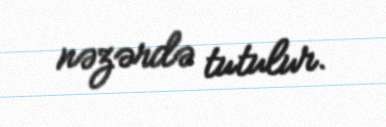
nəzərdə tutulur.